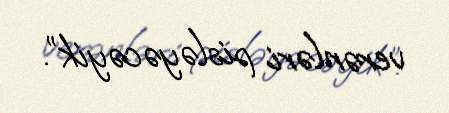
verənləri pisləyəcəyik”.